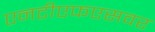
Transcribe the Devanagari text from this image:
एनटीएफएसवर